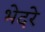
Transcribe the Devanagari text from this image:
भेदरे